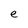
Character: e